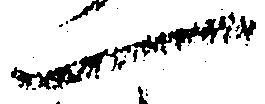
一